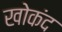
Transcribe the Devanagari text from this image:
खोकंद